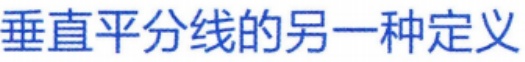
垂直平分线的另一种定义